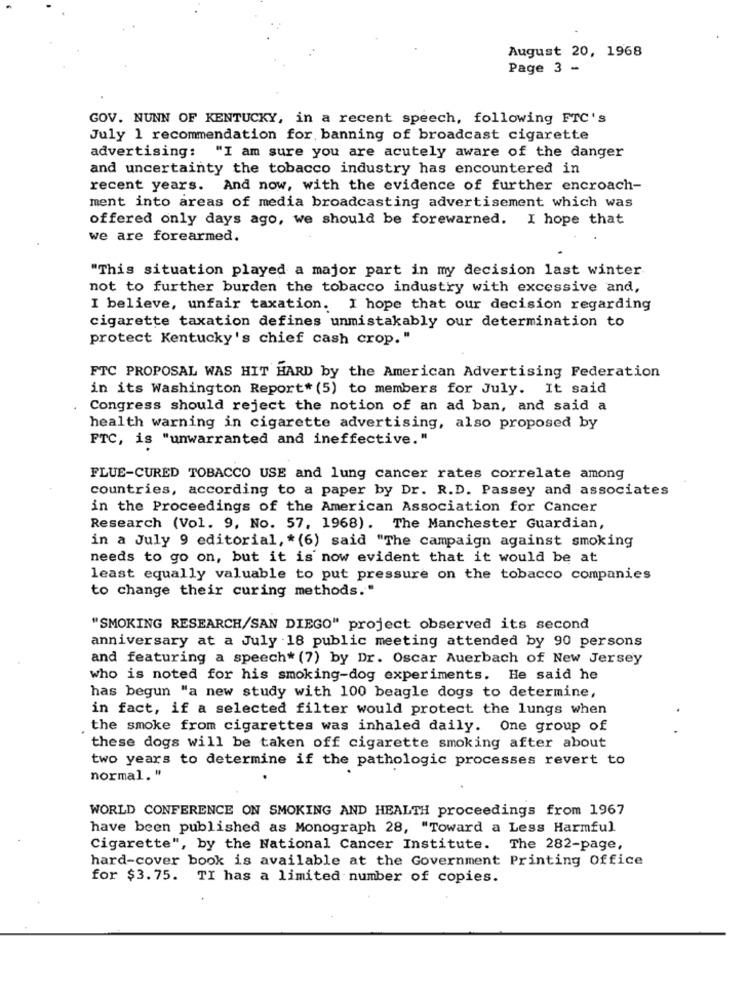
August 20, 1968
Page 3 -
GOV. NUNN OF KENTUCKY, in a recent speech, following FTC's
July 1 recommendation for. banning of broadcast cigarette
advertising: "I am sure you are acutely aware of the danger
and uncertainty the tobacco industry has encountered in
recent years. And now, with the evidence of further encroach-
ment into areas of media broadcasting advertisement which was
offered only days ago, we should be forewarned. I hope that
we are forearmed.
"This situation played a major part in my decision last winter
not to further burden the tobacco industry with excessive and,
I believe, unfair taxation. I hope that our decision regarding
cigarette taxation defines unmistakably our determination to
protect Kentucky's chief cash crop."
FTC PROPOSAL WAS HIT HARD by the American Advertising Federation
in its Washington Report* (5) to members for July. It said
Congress should reject the notion of an ad ban, and said a
health warning in cigarette advertising, also proposed by
FTC, is "unwarranted and ineffective."
FLUE-CURED TOBACCO USE and lung cancer rates correlate among
countries, according to a paper by Dr. R.D. Passey and associates
in the Proceedings of the American Association for Cancer
Research (Vol. 9, No. 57, 1968). The Manchester Guardian,
in a July 9 editorial, * (6) said "The campaign against smoking
needs to go on, but it is now evident that it would be at
least equally valuable to put pressure on the tobacco companies
to change their curing methods."
"SMOKING RESEARCH/SAN DIEGO" project observed its second
anniversary at a July 18 public meeting attended by 90 persons
and featuring a speech* (7) by Dr. Oscar Auerbach of New Jersey
who is noted for his smoking-dog experiments. He said he
has begun "a new study with 100 beagle dogs to determine,
in fact, if a selected filter would protect the lungs when
.
the smoke from cigarettes was inhaled daily. One group of
these dogs will be taken off cigarette smoking after about
two years to determine if the pathologic processes revert to
normal. "
WORLD CONFERENCE ON SMOKING AND HEALTH proceedings from 1967
have been published as Monograph 28, "Toward a Less Harmful
Cigarette", by the National Cancer Institute. The 282-page,
hard-cover book is available at the Government Printing Office
for $3.75. TI has a limited number of copies.